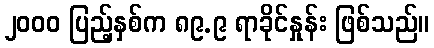
၂၀၀၀ ပြည့်နှစ်က ၈၉.၉ ရာခိုင်နှုန်း ဖြစ်သည်။